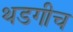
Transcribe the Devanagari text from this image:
थडगीच